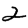
Digit: 2